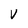
Character: V